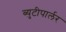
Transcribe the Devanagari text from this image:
ब्युटीपार्लर